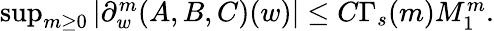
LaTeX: \begin{array}{r}{\operatorname*{sup}_{m\geq 0}|\partial_{w}^{m}(A,B,C)(w)|\leq C\Gamma_{s}(m)M_{1}^{m}.}\end{array}